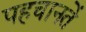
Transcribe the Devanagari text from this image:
पहचानतें